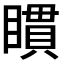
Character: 𥊫